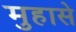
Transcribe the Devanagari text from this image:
मुहासे